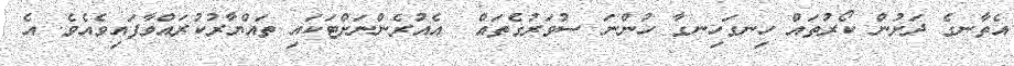
އެތާނގެ ދަށުން ކޯރުތައް ހިނގަހިނގާ ހުންނަ ސުވަރުގެތައް  އެއުރެންނަށްޓަކައި ތައްޔާރުކުރައްވާފައިވެއެވެ. އެ